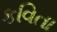
કવિતા